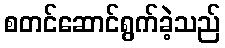
စတင်ဆောင်ရွက်ခဲ့သည်